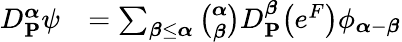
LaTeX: \begin{array}{rl}{D_{\mathbf{P}}^{\boldsymbol{\alpha}}\psi}&{=\sum_{\boldsymbol{\beta}\le\boldsymbol{\alpha}}{\binom{\boldsymbol{\alpha}}{\boldsymbol{\beta}}}D_{\mathbf{P}}^{\boldsymbol{\beta}}\big(e^{F}\big)\phi_{\boldsymbol{\alpha}-\boldsymbol{\beta}}}\end{array}